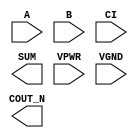
module sky130_fd_sc_hs__fahcon (
    //# {{data|Data Signals}}
    input  A     ,
    input  B     ,
    input  CI    ,
    output COUT_N,
    output SUM   ,

    //# {{power|Power}}
    input  VPWR  ,
    input  VGND
);
endmodule